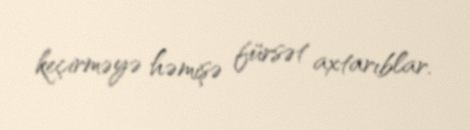
keçirməyə həmişə fürsət axtarıblar.